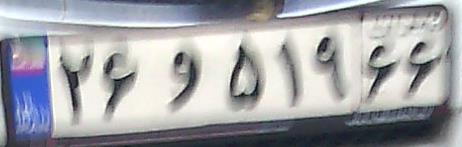
۲۶و۵۱۹۶۶